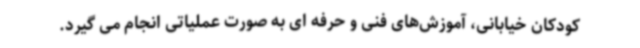
کودکان خیابانی، آموزش‌های فنی و حرفه ای به صورت عملیاتی انجام می گیرد.